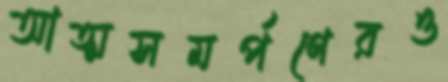
আত্মসমর্পণেরও